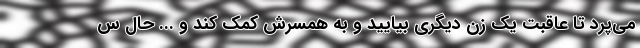
می‌پرد تا عاقبت یک زن دیگری بیایید و به همسرش کمک کند و ... حال س